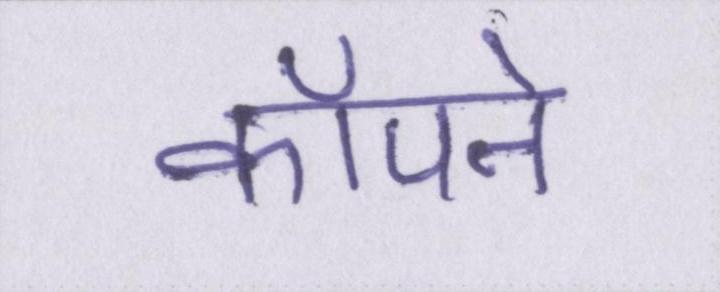
कॉँपने